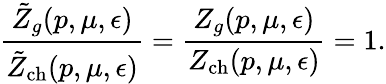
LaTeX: \frac{\tilde{Z}_{g}(p,\mu,\epsilon)}{\tilde{Z}_{\mathrm{ch}}(p,\mu,\epsilon)}=\frac{Z_{g}(p,\mu,\epsilon)}{Z_{\mathrm{ch}}(p,\mu,\epsilon)}=1.